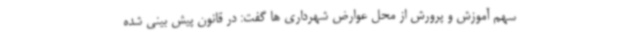
سهم آموزش و پرورش از محل عوارض شهرداری ها گفت: در قانون پیش بینی شده